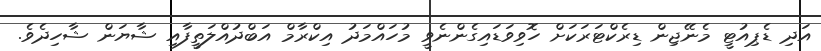
އަދި ޑެޕިއުޓީ މެނޭޖިން ޑިރެކްޓަރަކަށް ހޮވިވަޑައިގެންނެވީ މުހައްމަދު އިކްރާމް އަބްދުއްލަތީފާއި ޝާޔަން ޝާހިދެވެ.